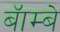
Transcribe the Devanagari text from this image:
बॅाम्बे